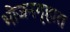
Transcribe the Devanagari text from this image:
भोजनगृहात